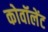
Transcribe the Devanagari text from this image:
कोवॉलेंट